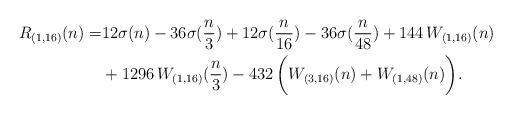
LaTeX: \begin{align*}R_{(1,16)}(n) = & 12\sigma(n) - 36\sigma(\frac{n}{3}) + 12\sigma(\frac{n}{16}) -36\sigma(\frac{n}{48}) + 144\, W_{(1,16)}(n) \\ & + 1296\, W_{(1,16)}(\frac{n}{3}) - 432\, \biggl( W_{(3,16)}(n) + W_{(1,48)}(n) \biggr). \end{align*}